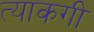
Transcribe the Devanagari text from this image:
त्याकगी